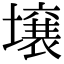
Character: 壌